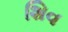
શિવ